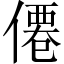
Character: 僊